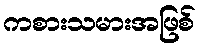
ကစားသမားအဖြစ်